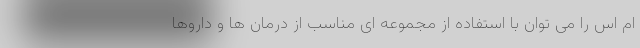
ام اس را می توان با استفاده از مجموعه ای مناسب از درمان ها و داروها